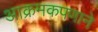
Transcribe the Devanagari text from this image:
आक्रमकपणाने